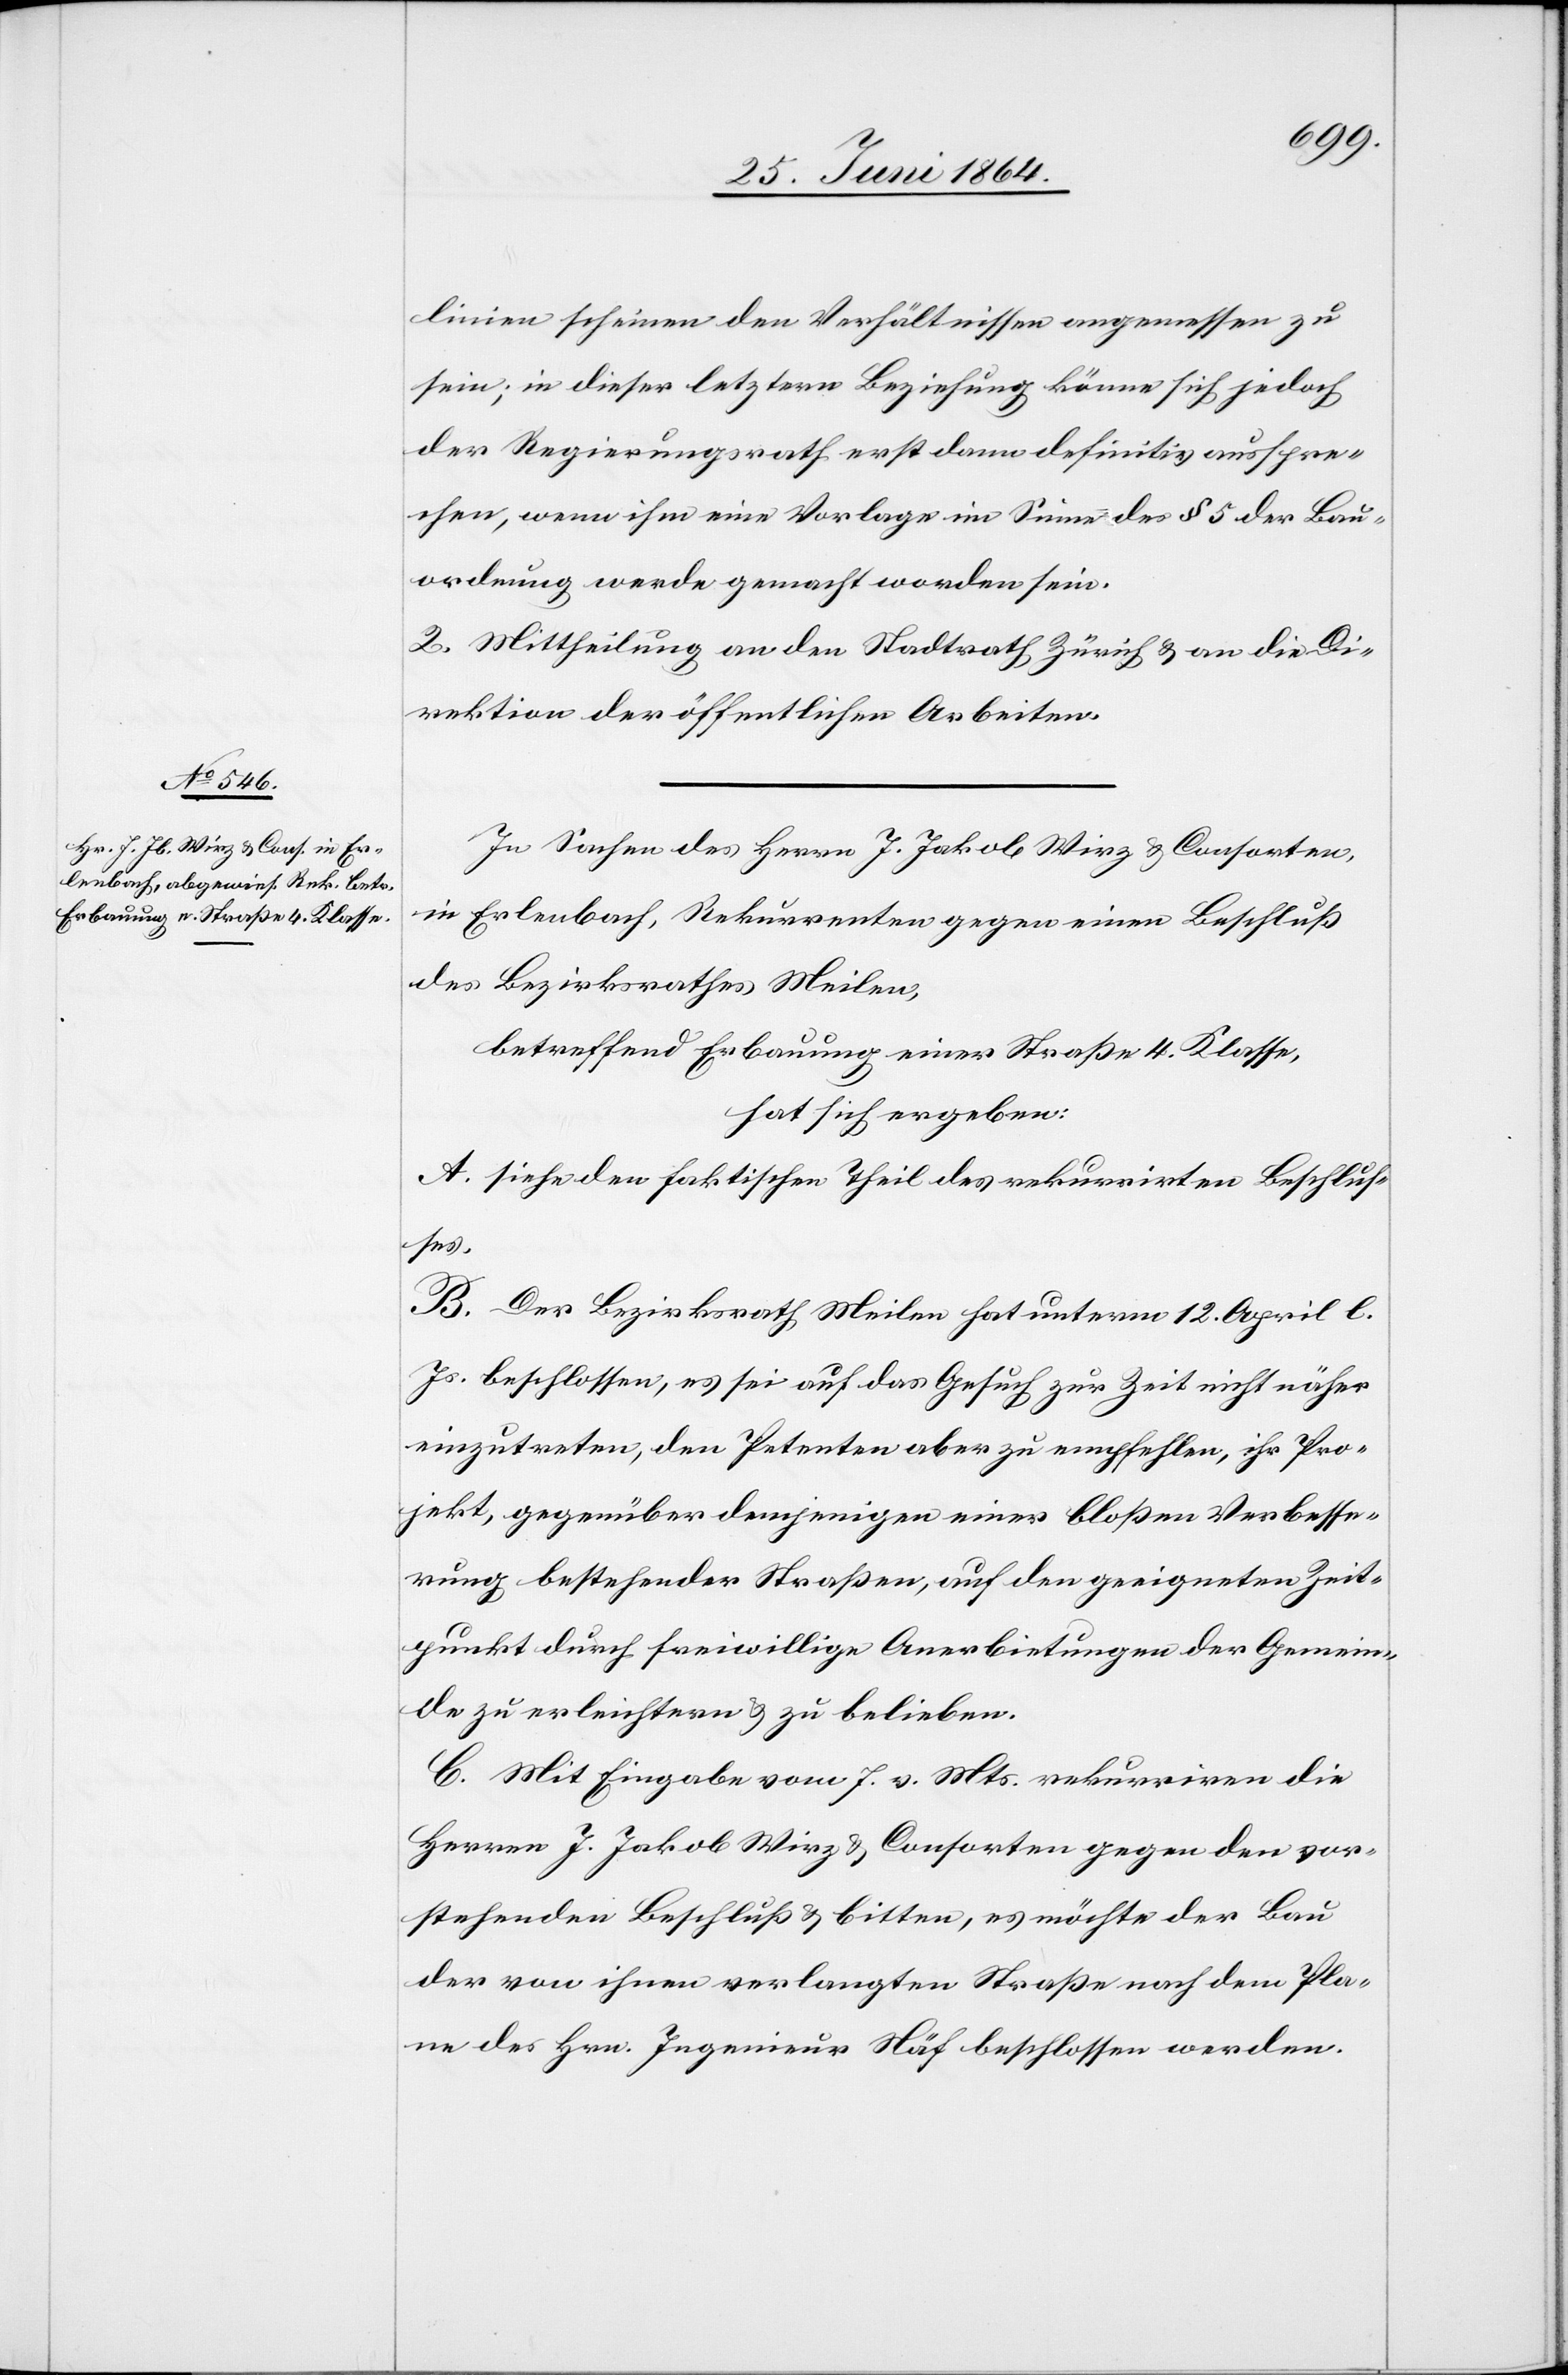
linien scheinen den Verhältnissen angemessen zu
sein; in dieser letztern Beziehung könne sich jedoch
der Regierungsrath erst dann definitiv ausspre¬
chen, wenn ihm eine Vorlage im Sinne des § 5 der Bau¬
ordnung werde gemacht worden sein.
2. Mittheilung an den Stadtrath Zürich u. an die Di¬
rektion der öffentlichen Arbeiten.
In Sachen des Herrn J. Jakob Wirz u. Consorten,
in Erlenbach, Rekurrenten gegen einen Beschluß
des Bezirksrathes Meilen,
betreffend Erbauung einer Straße 4. Klasse,
hat sich ergeben:
A. siehe den faktischen Theil des rekurrirten Beschlus¬
ses.
B. Der Bezirksrath Meilen hat unterm 12. April l.
Js. beschlossen, es sei auf das Gesuch zur Zeit nicht näher
einzutreten, den Petenten aber zu empfehlen, ihr Pro¬
jekt, gegenüber demjenigen einer bloßen Verbesse¬
rung bestehender Straßen, auf den geeigneten Zeit¬
punkt durch freiwillige Anerbietungen der Gemein¬
de zu erleichtern u. zu belieben.
C. Mit Eingabe vom 7. v. Mts. rekurriren die
Herren J. Jakob Wirz u. Consorten gegen den vor¬
stehenden Beschluß u. bitten, es möchte der Bau
der von ihnen verlangten Straße nach dem Pla¬
ne des Hrn. Ingenieur Näf beschlossen werden.